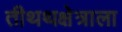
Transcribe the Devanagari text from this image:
तीथथक्षेत्राला